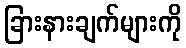
ခြားနားချက်များကို